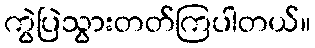
ကွဲပြဲသွားတတ်ကြပါတယ်။